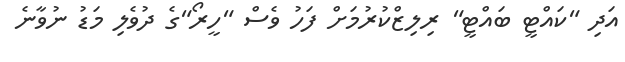
އަދި "ކައްޓީ ބައްޓީ" ރިލިޒްކުރުމަށް ފަހު ވެސް "ހީރޯ"ގެ ދުވެލި މަޑު ނުވާނެ